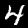
Label: 4